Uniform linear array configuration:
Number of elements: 48
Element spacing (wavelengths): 1
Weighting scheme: binomial
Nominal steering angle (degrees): -60
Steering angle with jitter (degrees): -58.349
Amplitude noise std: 0.05
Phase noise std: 0.05

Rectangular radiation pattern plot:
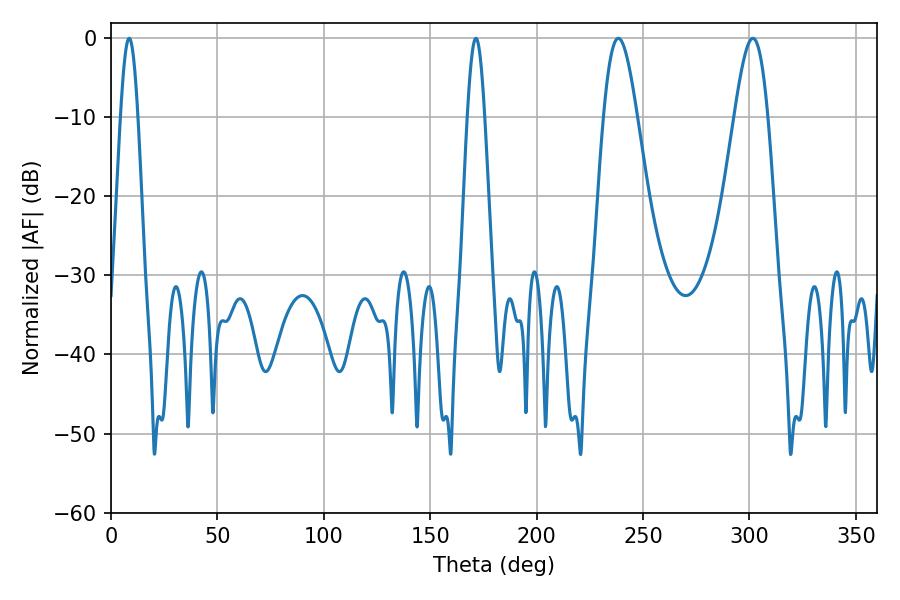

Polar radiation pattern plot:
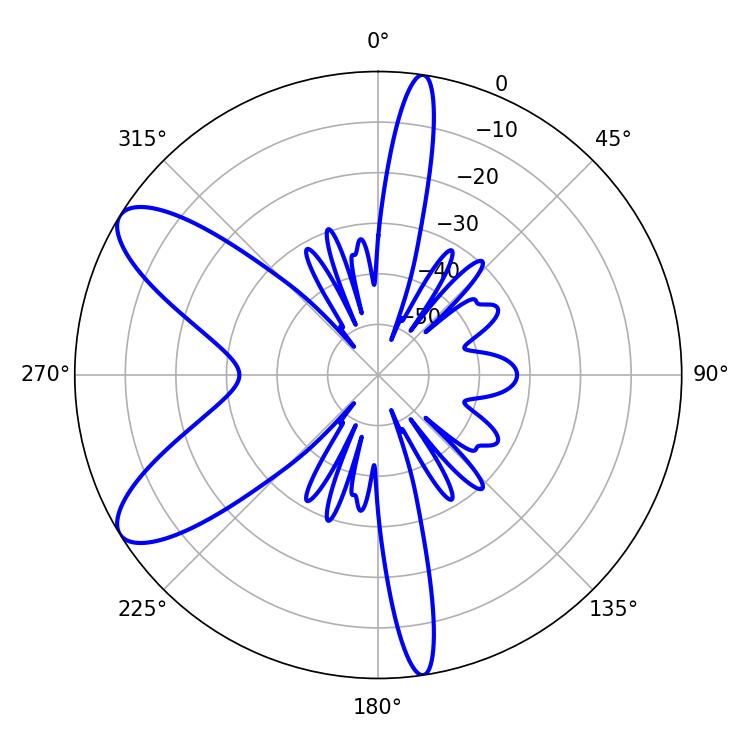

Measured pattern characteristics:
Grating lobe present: TRUE
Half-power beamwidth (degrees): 8.28
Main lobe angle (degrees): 238.32